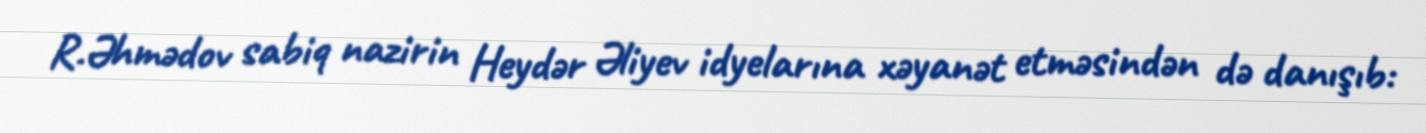
R.Əhmədov sabiq nazirin Heydər Əliyev idyelarına xəyanət etməsindən də danışıb: